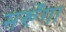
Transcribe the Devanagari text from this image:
मरूँगा